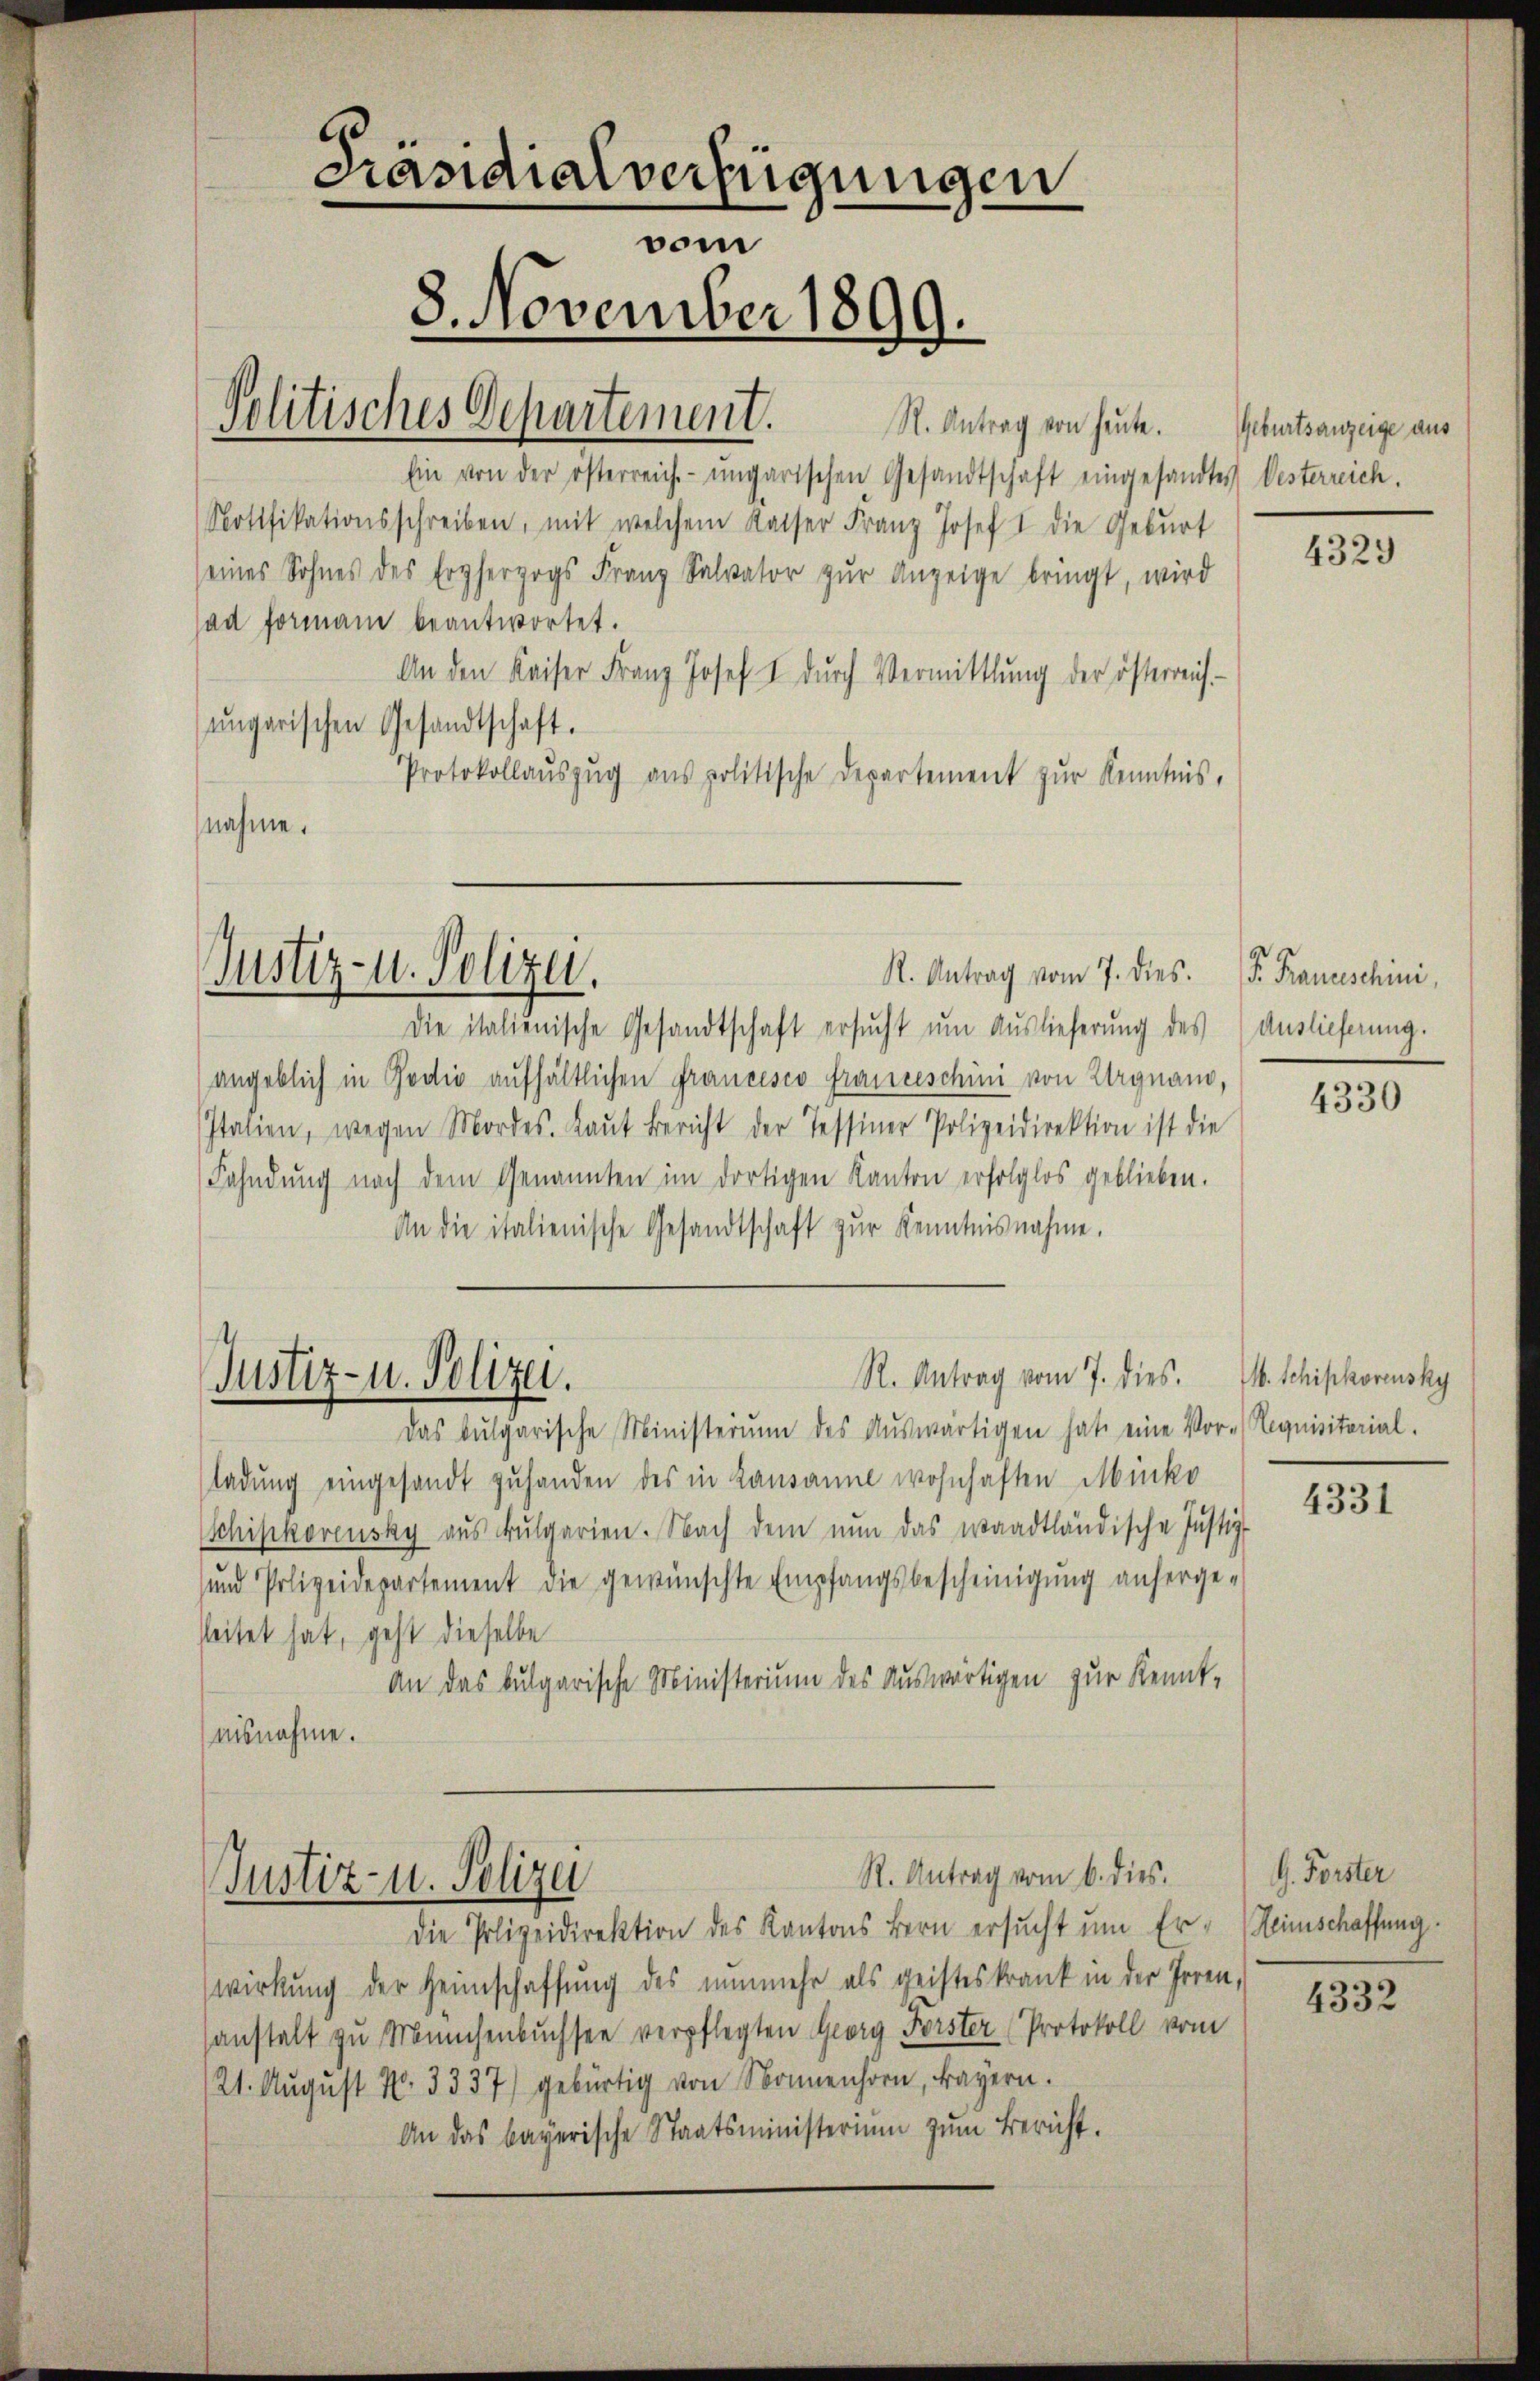
R. Antrag von heute.
Ein von der österreich-ungarischen Gesandtschaft eingesandtes Desterreich.
Rotifikationsschreiben, mit welchem Kaiser Franz Josef I die Gebŭrt
seines Sohnes des Erzherzogs Franz Salvator zŭr Anzeige bringt, wird
ad formani beantwortet.
An den Kaiser Franz Josef I dŭrch Vermittlung der österreich
ŭngarischen Gesandtschaft.
Protokollaŭszŭg ans politische Departement zŭr Kenntnis,
nahme.

Präsidialverfügungen
vom
8. November 1899.

R. Antrag vom 7. dies. S. Franceschini
Die italienische Gesandtschaft ersŭcht um Auslieferung des Auslieferung.
angeblich in Podio aufhältlichen Francisco franceschini von Urgnano,
Italien, wegen Mordes. Laŭt Bericht der Tessiner Polizeidirektion ist die
Fahndung nach dem Genannten im dortigen Kanton erfolglos geblieben.
An die italienische Gesandtschaft zŭr Kenntnisnahme.
R. Antrag vom 7. dies. v. Schipkoreusky
Justiz- u. Polizei.
Das bulgarische Ministerum des Aŭswärtigen hat eine Vor- Requisitorial.
ladŭng eingesandt zuhanden des in Lausanne wohnhaften Minko
Schipkorensky aŭs ŭlgarien. Nach dem nŭn das waadtländische Justiz-
sund Polizeidepartement die gewünschte Empfangsbescheinigung anherge-
sleitet hat, geht dieselbe
An das bulgarische Ministerium des auswärtigen zur Kennt-
aisnahme.

Justiz- u. Polizei.

Politisches Departement.

Die Polizeidirektion des Kantons Bern ersucht um Er-
wirkung der Heimschaffung des nunmehr als geisteskrank in der Irren,
sanstalt zu Münchenbuchsee verpflegten Georg Forster Protokoll vom
21. August No. 3337) gebürtig von Sonnenhorn, Bayern.
An das bayerische Staatsministerium zum Bericht.

R. Antrag vom 6. dies
Justiz- u. Polizei

Geburtsanzeige aus

4329

4330

4331

. Forster
Heimschaffung.

4332